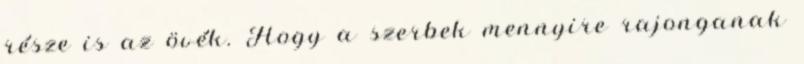
része is az övék. Hogy a szerbek mennyire rajonganak